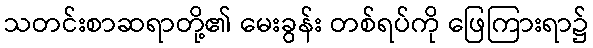
သတင်းစာဆရာတို့၏ မေးခွန်း တစ်ရပ်ကို ဖြေကြားရာ၌